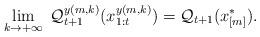
LaTeX: \begin{align*}\lim_{k \rightarrow +\infty} \; \mathcal{Q}_{t+1}^{y(m,k)}(x_{1:t}^{y(m,k)})=\mathcal{Q}_{t+1}(x_{[m]}^{*}).\end{align*}